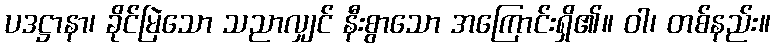
ပဒဋ္ဌာနာ၊ ခိုင်မြဲသော သညာလျှင် နီးစွာသော အကြောင်းရှိ၏။ ဝါ၊ တစ်နည်း။